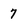
Character: 7